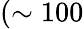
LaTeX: (\sim 100